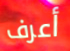
أعرف